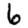
Digit: 6